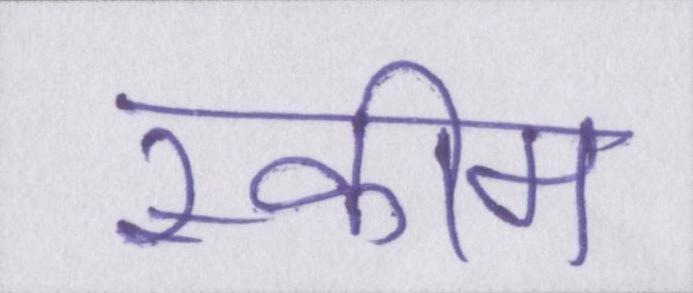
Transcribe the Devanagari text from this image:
स्कीम